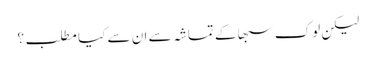
لیکن لوک سبھا کے تماشہ سے ان سے کیا مطلب؟